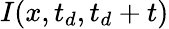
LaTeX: I(x,t_{d},t_{d}+t)